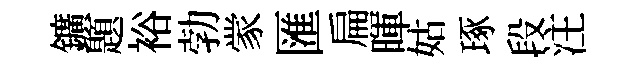
鑛題裕勃䝉匯扁暉姑琢段注